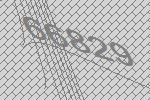
66829